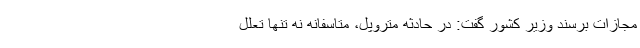
مجازات برسند وزیر کشور گفت: در حادثه متروپل، متاسفانه نه تنها تعلل